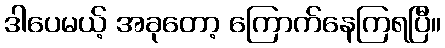
ဒါပေမယ့် အခုတော့ ကြောက်နေကြရပြီ။